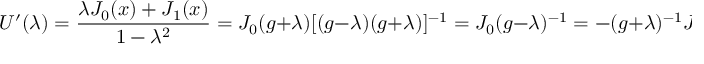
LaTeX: U ^ { \prime } ( \lambda ) = \frac { \lambda J _ { 0 } ( x ) + J _ { 1 } ( x ) } { 1 - { \lambda } ^ { 2 } } = J _ { 0 } ( g + \lambda ) [ ( g - \lambda ) ( g + \lambda ) ] ^ { - 1 } = J _ { 0 } ( g - \lambda ) ^ { - 1 } = - ( g + \lambda ) ^ { - 1 } J _ { 0 }